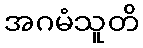
အဂမံသူတိ